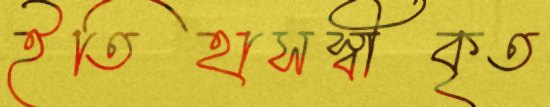
ইতিহাসস্বীকৃত